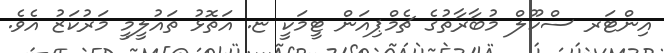
އިންޓަރ ސްކޫލް މުބާރާތުގެ ޗެމްޕިއަން ޓީމަކީ ޏ. އަތޮޅު ތައުލީމީ މަރުކަޒު އެވެ.